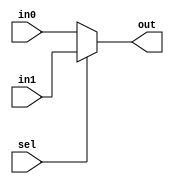
`timescale 1ns / 1ps
//////////////////////////////////////////////////////////////////////////////////
// Company: 
// Engineer: 
// 
// Design Name: 
// Module Name:    multiplexador32bits 
// Project Name: 
// Target Devices: 
// Tool versions: 
// Description: 
//
// Dependencies: 
//
// Revision: 
// Revision 0.01 - File Created
// Additional Comments: 
//
//////////////////////////////////////////////////////////////////////////////////
module multiplexador32(
	sel,
	in0,
	in1,
	out
 );
 
input sel;
input[31:0] in0;
input[31:0] in1;

output reg[31:0] out;

always @(sel, in0, in1)
	begin
		if (sel == 0 )
			out <= in0;
		else
			out <= in1;
	end
endmodule